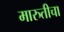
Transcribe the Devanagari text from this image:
मारुतीचा